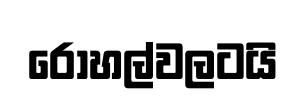
රෝහල්වලටයි